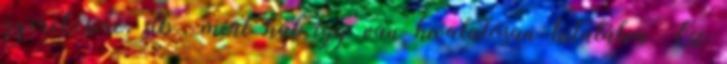
gyerekcsere, stb., mert hát így van hivatalosan kitalálva. Ez